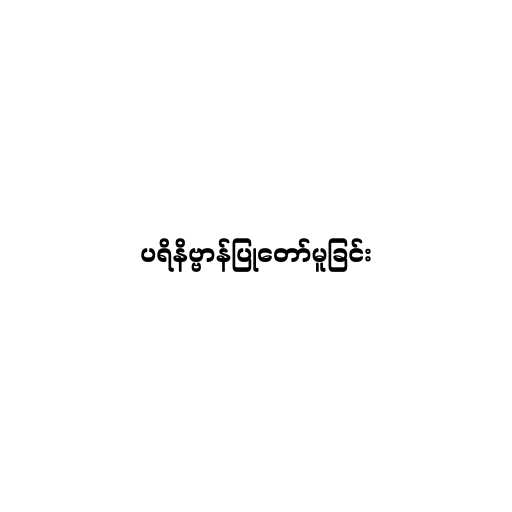
ပရိနိဗ္ဗာန်ပြုတော်မူခြင်း